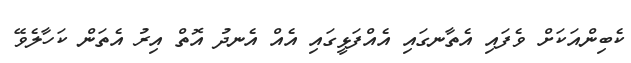
ކެބިންއަކަށް ވެފައި އެތާނގައި އެއްފަޅީގައި އެއް އެނދު އޮތް އިރު އެތަން ކަހާލެވޭ